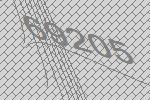
69205